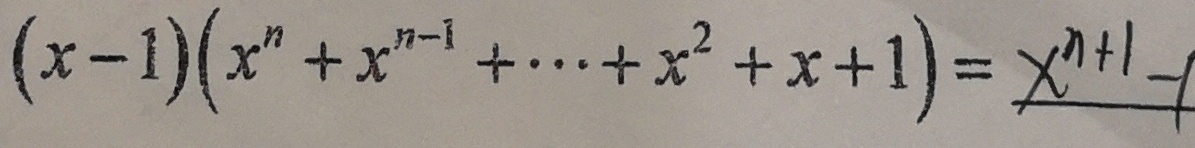
( x - 1 ) ( x ^ { n } + x ^ { n - 1 } + \cdots + x ^ { 2 } + x + 1 ) = x ^ { n + 1 } - 1